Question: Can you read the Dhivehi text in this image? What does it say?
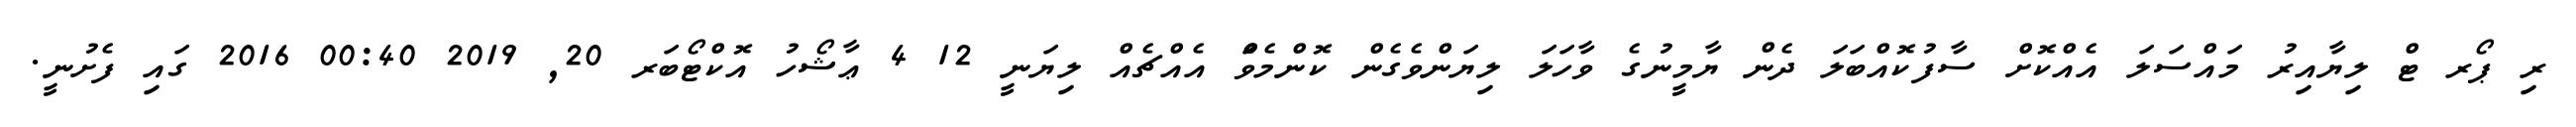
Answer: ރި ޕޯރ ޓް ލިޔާއިރު މައްސަލަ އެއްކޮށް ސާފުކޮއްބަލަ ދެން ޔާމީނުގެ ވާހަލަ ލިޔަންވެގެން ކޮންމެވެަް އެއްޗެއް ލިޔަނީ 12 4 ޢާޝޯހު އޮކްޓޯބަރ 20, 2019 00:40 2016 ގައި ފެށުނީ.